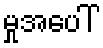
မှုအပေါ်